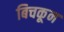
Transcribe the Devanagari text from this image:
बिचकून